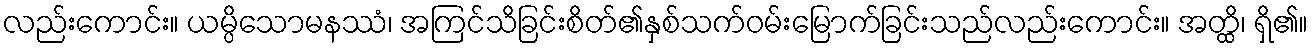
လည်းကောင်း။ ယမ္ပိသောမနဿံ၊ အကြင်သိခြင်းစိတ်၏နှစ်သက်ဝမ်းမြောက်ခြင်းသည်လည်းကောင်း။ အတ္ထိ၊ ရှိ၏။